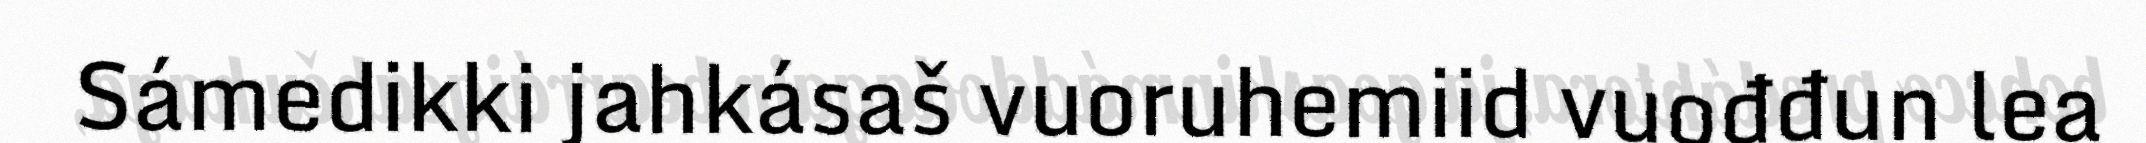
Sámedikki jahkásaš vuoruhemiid vuođđun lea